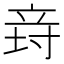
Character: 𥩸